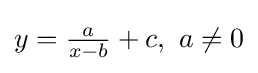
y={\tfrac {a}{x-b}}+c,\ a\neq 0